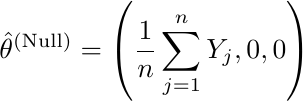
\begin{align*}
\hat{\theta}^{\text{(Null)}} = \left(\frac{1}{n}\sum_{j=1}^nY_j,0,0 \right)
\end{align*}